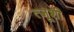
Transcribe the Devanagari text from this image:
त्जूशी